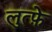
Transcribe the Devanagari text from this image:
लुत्फ़े